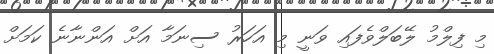
މި ފިލްމު ލޭބަލްވެފައި ވަނީ މި އަހަރު ސިނަމާ އަށް އަންނާނެ ކަމަށް